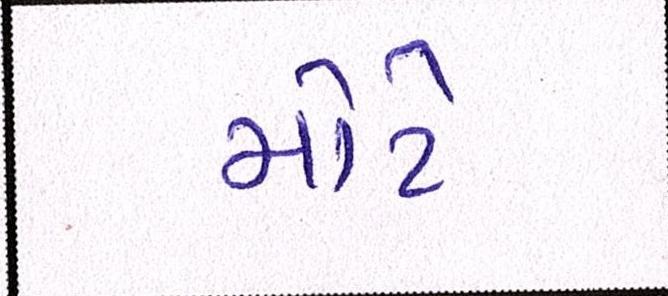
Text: મોટે